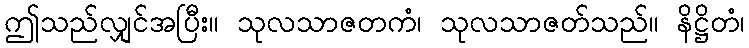
ဤသည်လျှင်အပြီး။ သုလသာဇတကံ၊ သုလသာဇတ်သည်။ နိဋ္ဌိတံ၊